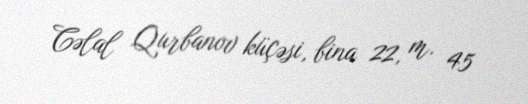
Cəlal Qurbanov küçəsi, bina 22, m. 45